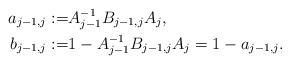
LaTeX: \begin{align*}a_{j-1,j}:=&A_{j-1}^{-1}B_{j-1,j}A_j ,\\b_{j-1,j}:=&1-A_{j-1}^{-1}B_{j-1,j}A_j=1-a_{j-1,j} .\end{align*}